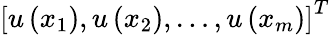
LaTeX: \left[u\left(x_{1}\right),u\left(x_{2}\right),\ldots,u\left(x_{m}\right)\right]^{T}